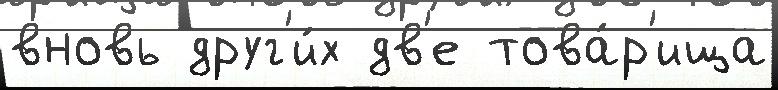
вновь друг'и́х дв'е това́р'ища